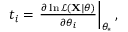
\begin{array} { r } { t _ { i } = \left. \frac { \partial \ln \mathcal { L } ( \mathbf { X } | \theta ) } { \partial \theta _ { i } } \right\vert _ { \theta _ { * } } , } \end{array}